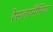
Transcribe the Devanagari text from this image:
रेसलरमैनिया